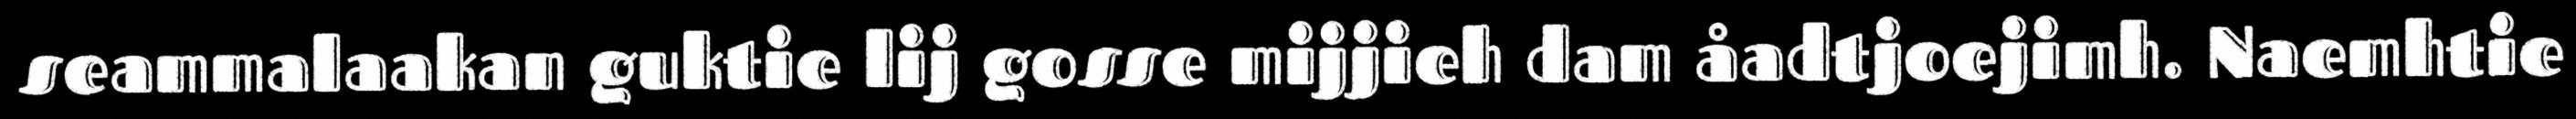
seammalaakan guktie lij gosse mijjieh dam åadtjoejimh. Naemhtie